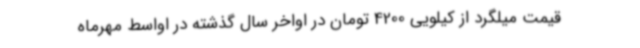
قیمت میلگرد از کیلویی 4200 تومان در اواخر سال گذشته در اواسط مهرماه